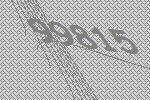
99815